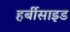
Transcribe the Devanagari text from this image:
हर्बीसाइड